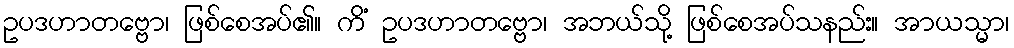
ဥပဒဟာတဗ္ဗော၊ ဖြစ်စေအပ်၏။ ကိံ ဥပဒဟာတဗ္ဗော၊ အဘယ်သို့ ဖြစ်စေအပ်သနည်း။ အာယသ္မာ၊